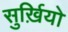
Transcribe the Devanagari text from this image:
सुर्ख़ियो